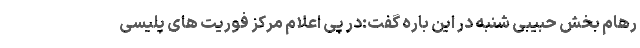
رهام بخش حبیبی شنبه در این باره گفت:در پی اعلام مرکز فوریت های پلیسی